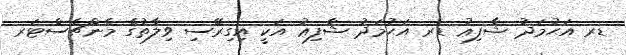
ޑރ އަޙުމަދު ޝާފިޢު ޑރ އަޙުމަދު ޝާފިޢު އަކީ އިގިރޭސި ވިލާތުގެ މެންޗެސްޓަރ